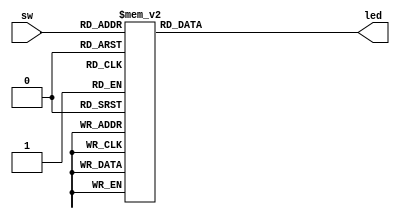
`timescale 1ns / 1ps
//////////////////////////////////////////////////////////////////////////////////
// Company: 
// Engineer: 
// 
// Design Name: 
// Module Name: BOARD_G2B
// Project Name: 
// Target Devices: 
// Tool Versions: 
// Description: 
// 
// Dependencies: 
// 
// Revision:
// Revision 0.01 - File Created
// Additional Comments:
// 
//////////////////////////////////////////////////////////////////////////////////


module BOARD_G2B(
    input [3:0]sw,
    output reg [3:0]led
    );
    
    always@ (sw[3] | sw[2] | sw[1] | sw[0]) begin
        case(sw) 
            4'b0000 : begin
                led = 4'b0000;
            end
            4'b0001 : begin
                led = 4'b0001;
            end
            4'b0011 : begin
                led = 4'b0010;
            end
            4'b0010 : begin
                led = 4'b0011;
            end
            4'b0110 : begin
                led = 4'b0100;
            end
            4'b0111 : begin
                led = 4'b0101;
            end
            4'b0101 : begin
                led = 4'b0110;
            end
            4'b0100 : begin
                led = 4'b0111;
            end
            4'b1100 : begin
                led = 4'b1000;
            end
            4'b1101 : begin
                led = 4'b1001;
            end
            4'b1111 : begin
                led = 4'b1010;
            end
            4'b1110 : begin
                led = 4'b1011;
            end
            4'b1010 : begin
                led = 4'b1100;
            end
            4'b1011 : begin
                led = 4'b1101;
            end
            4'b1001 : begin
                led = 4'b1110;
            end
            4'b1000 : begin
                led = 4'b1111;
            end
        endcase
    end
endmodule